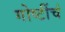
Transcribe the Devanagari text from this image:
गोष्टींचं